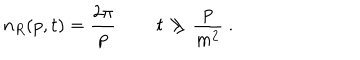
LaTeX: n _ { R } ( p , t ) = \frac { 2 \pi } p \, \qquad t \gg \frac p { m ^ { 2 } } \ .